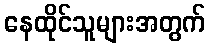
နေထိုင်သူများအတွက်